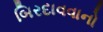
બિરદાવવાનો